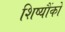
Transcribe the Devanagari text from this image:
शिष्यौंको